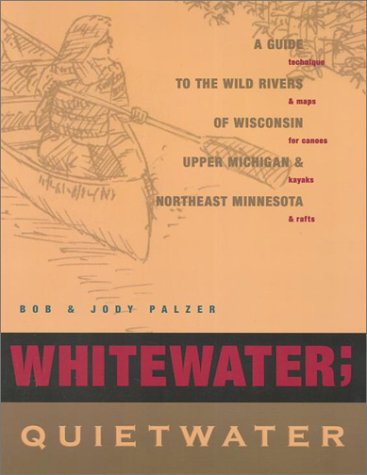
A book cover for Whitewater; Quietwater, 8th: A Guide to the Rivers of Wisconsin, upper Michigan, and northeast Minnesota; Bob and Jody Palzer; Travel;